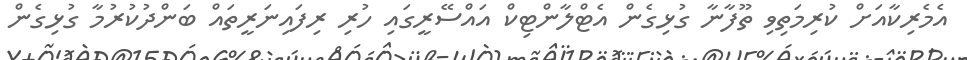
އެމެރިކާއަށް ކުރިމަތިވި ތޫފާނާ ގުޅިގެން އެޓްލާންޓިކް އައްސޭރީގައި ހުރި ރިފައިނަރީތައް ބަންދުކުރުމާ ގުޅިގެން